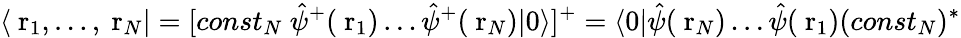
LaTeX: \langle\mathrm{\mathbf~r}_{1},\dots,\mathrm{\mathbf~r}_{N}|=[const_{N}\ \hat{\psi}^{+}(\mathrm{\mathbf~r}_{1})\dots\hat{\psi}^{+}(\mathrm{\mathbf~r}_{N})|0\rangle]^{+}=\langle 0|\hat{\psi}(\mathrm{\mathbf~r}_{N})\dots\hat{\psi}(\mathrm{\mathbf~r}_{1})(const_{N})^{*}